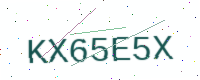
Text: KX65E5X